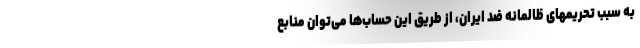
به سبب تحریمهای ظالمانه ضد ایران، از طریق این حساب‌ها می‌توان منابع